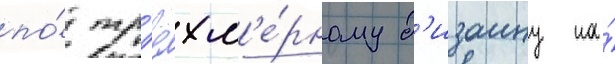
по́ тр'ёхм'е́рному д'изаину на́